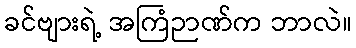
ခင်ဗျားရဲ့ အကြံဉာဏ်က ဘာလဲ။